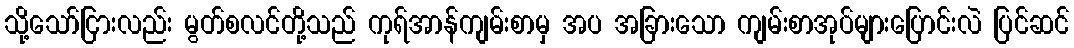
သို့သော်ငြားလည်း မွတ်စလင်တို့သည် ကုရ်အာန်ကျမ်းစာမှ အပ အခြားသော ကျမ်းစာအုပ်များပြောင်းလဲ ပြင်ဆင်